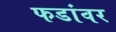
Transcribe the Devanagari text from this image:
फडांवर